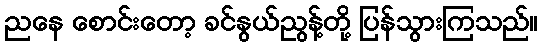
ညနေ စောင်းတော့ ခင်နွယ်ညွန့်တို့ ပြန်သွားကြသည်။